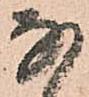
な